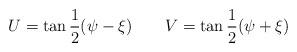
LaTeX: \begin{align*}U=\tan\frac12(\psi-\xi)\quad \quad V=\tan\frac12(\psi+\xi) \end{align*}